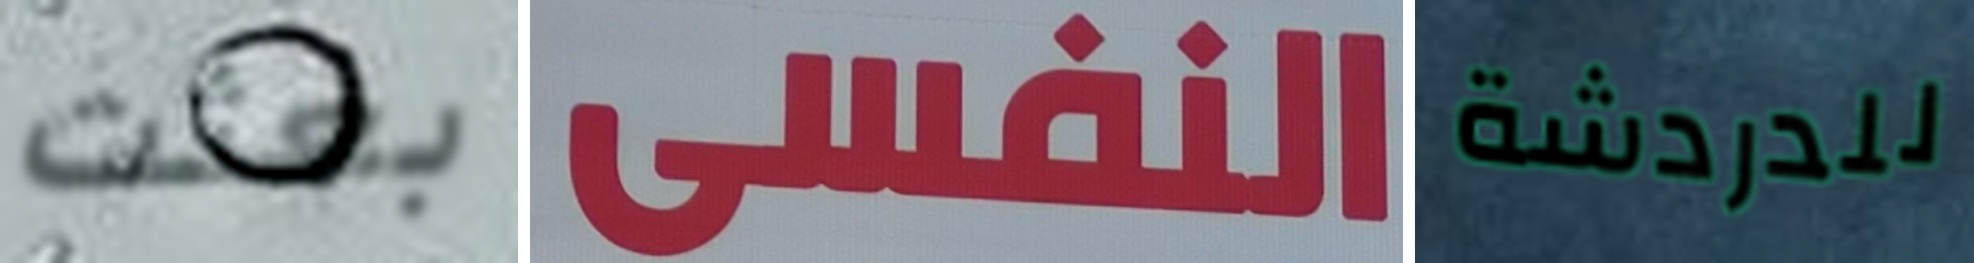
بعثت النفيى للدردشة